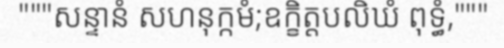
"""សន្ទានំ សហនុក្កមំ;ឧក្ខិត្តបលិឃំ ពុទ្ធំ,"""